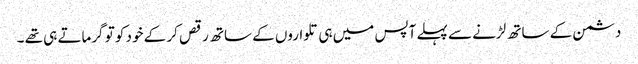
دشمن کے ساتھ لڑنے سے پہلے آپس میں ہی تلواروں کے ساتھ رقص کر کے خود کو تو گرماتے ہی تھے ۔